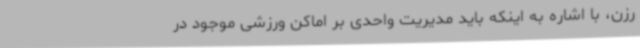
رزن، با اشاره به اینکه باید مدیریت واحدی بر اماکن ورزشی موجود در